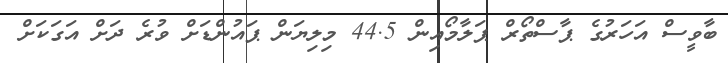
ބާވީސް އަހަރުގެ ޕާސްތޯރް ޕަލާމޯއިން 44.5 މިލިޔަން ޕައުންޑަށް ވުރެ ދަށް އަގަކަށް